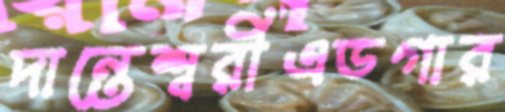
দান্তেশ্বরীএডগার